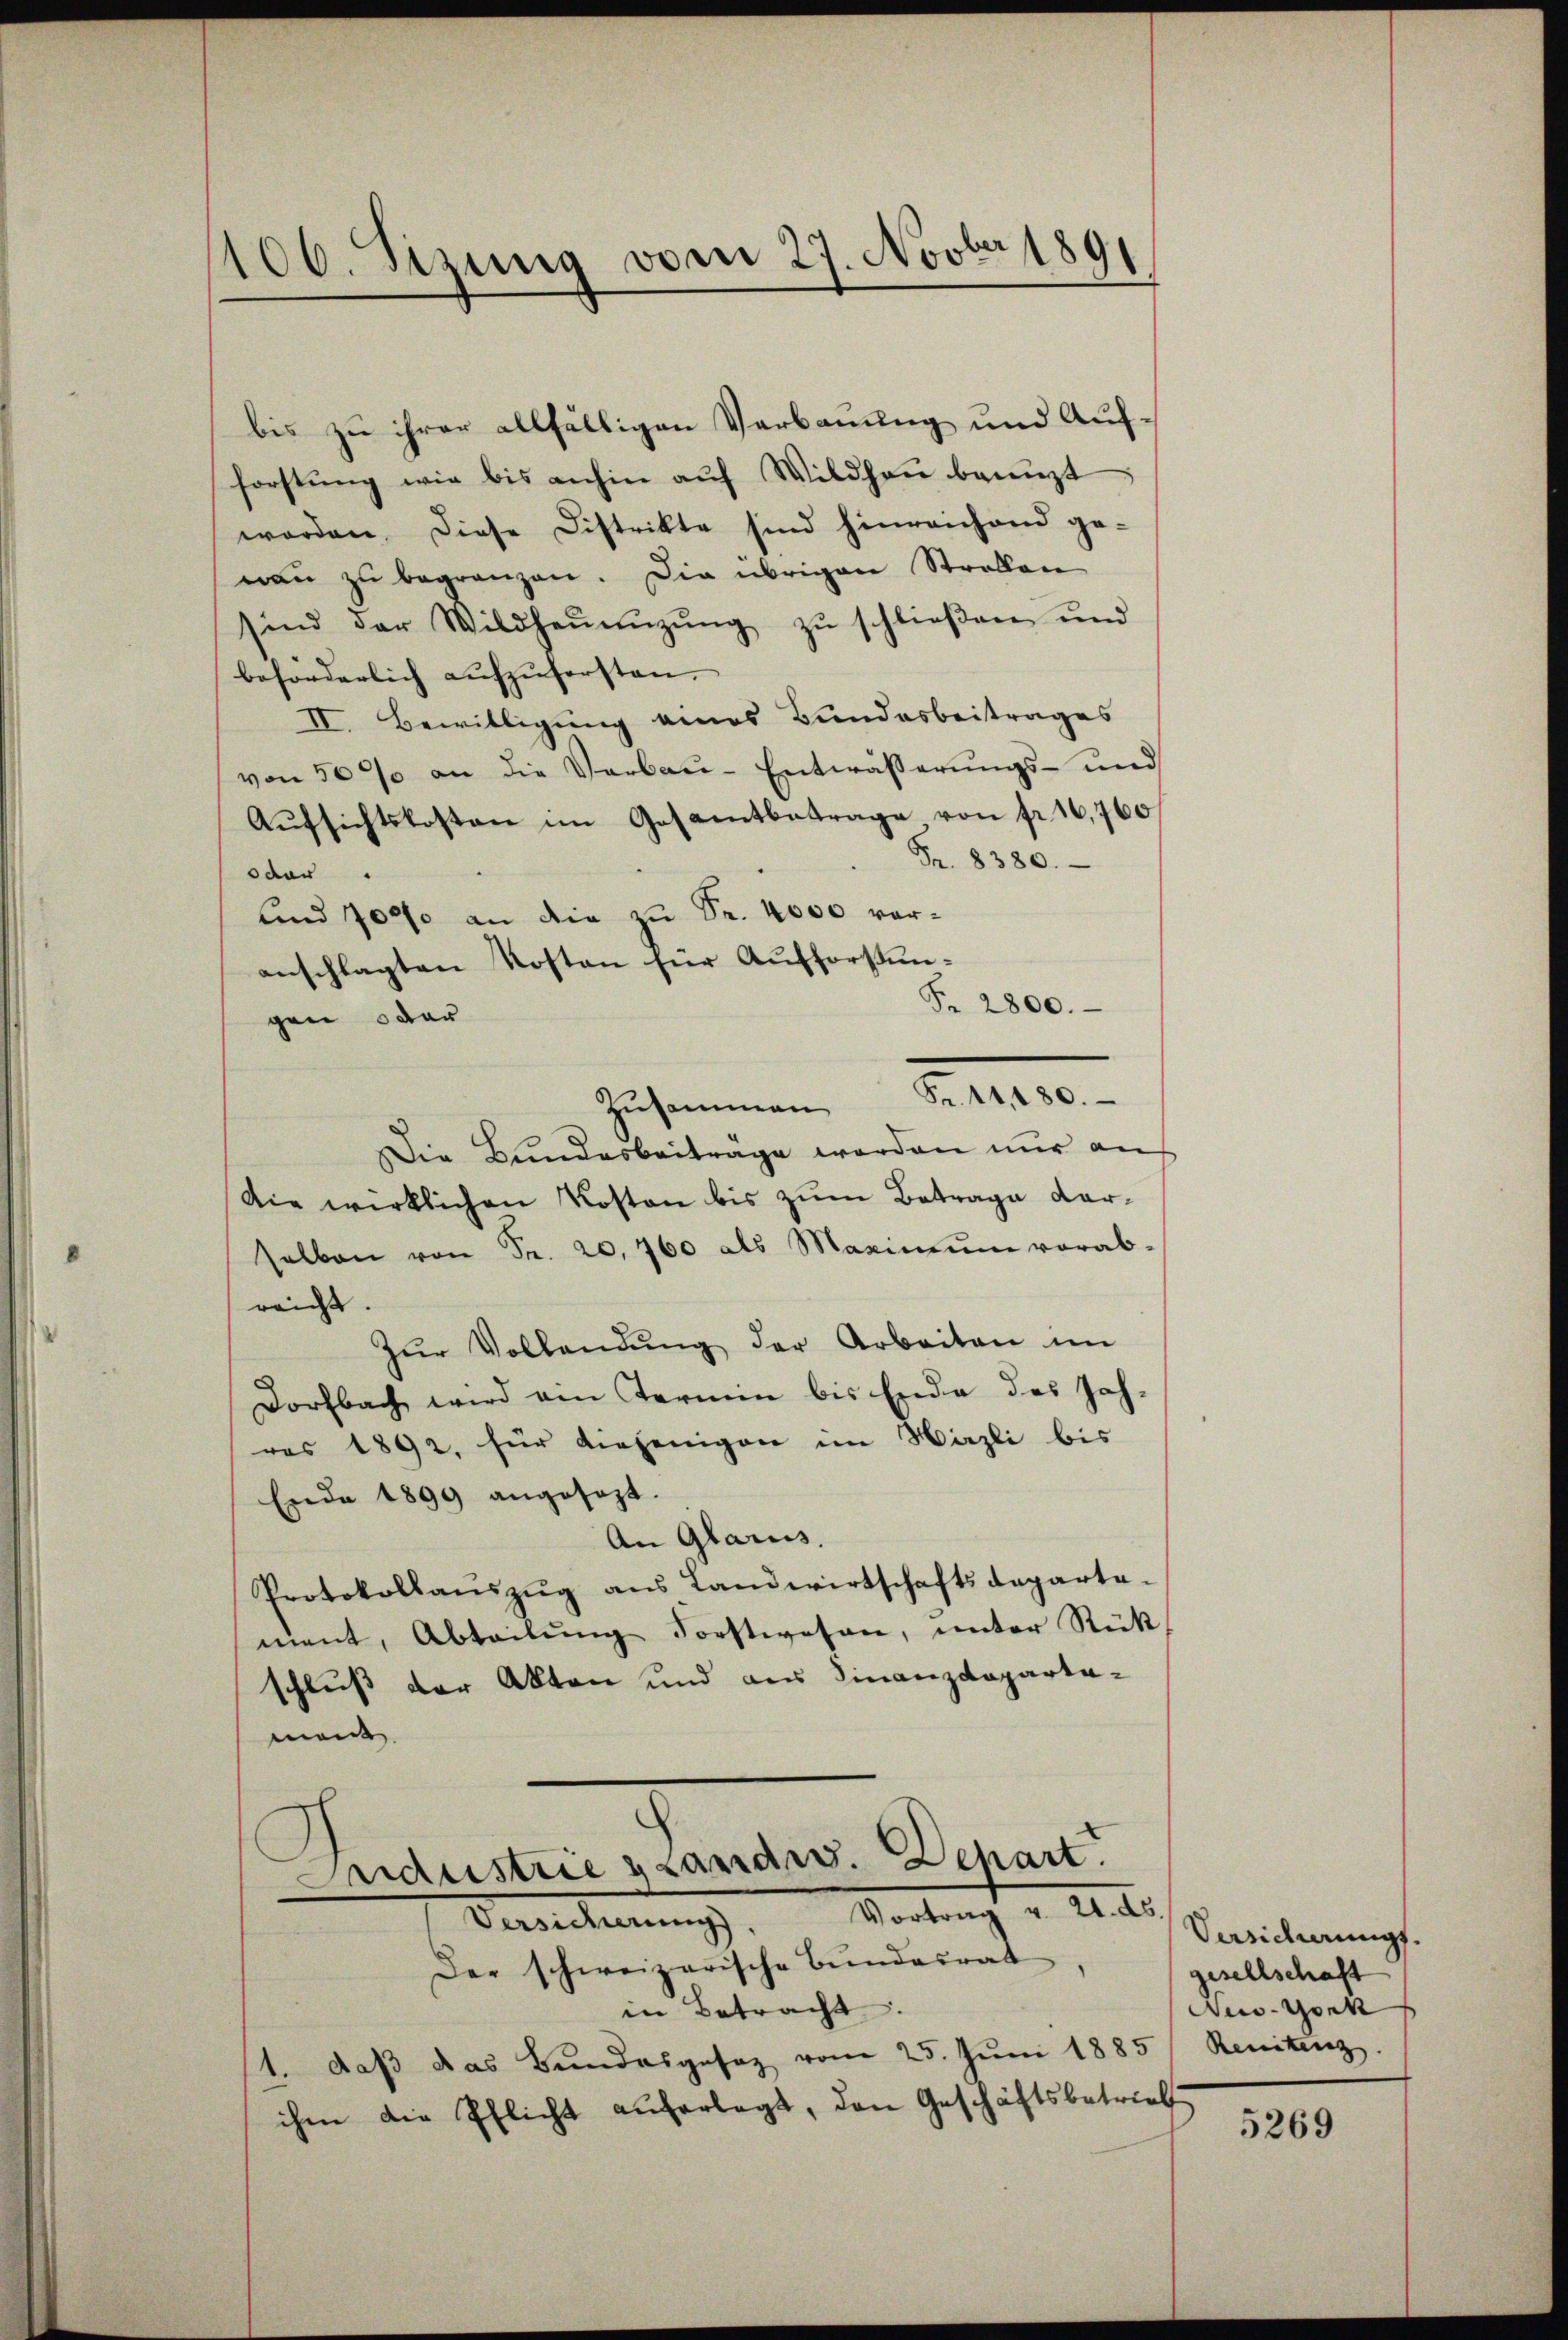
100. Sizung vom 27. Novber 1891
.
.

bis zu ihrer allfälligen Verbauung und Aufforstung wie bis anhin auf Wildhau benuzt
worden. Diese Distrikte sind hinreichend ge-
maṅ zŭ begränzen. Die übrigen Strallen
sind der Wildheŭmzŭng zŭ schlieβen und
beförderlich aufzuforsten.
IV. Bewilligung eines Bundesbeitrages
von 50% an die Verbau-Entwässerŭngs- und
Aŭfsichtskosten im Gesamtbetrage von fr. 16,760
Fr. 8380.
oder
und 7000 an die zu Fr. 4000 vor-
anschlagten Kosten für Aufforstun¬
Fr. 2800.
gen oder
Fr. 11,180.
Zusammen
Die Bundesbeiträge werden nur an
Die wirklichen Kosten bis zum Betrage darselben von Fr. 20,760 als Maximum vorab-
reicht.
Zŭr Vollendŭng der Arbeiten im
Dorfbach wird ein Termin bis Ende des Jah-
res 1892, für diejenigen im Wäzli bis
Ende 1899 angesezt.
An Glarus.
Protokollaŭszŭg aŭs Landwirtschaftsdeparta-
ment, Abteilung Forstwesen, unter Rückschluß der Akten und aus Finanzdepartamant
Industrie grandw. Depart.
Vortrag v. 24. ds.
Versicherung
Der schweizerische Bundesrat
in Betracht.
1. daβ das Bundesgesez vom 25. Jŭni 1885/ Renitenz.
ihm die Pflicht auferlegt, den Geschäftsbetrieb

Versicherungs-
gesellschaft
Aus Gonk

5269